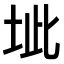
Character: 𭎔